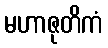
မဟာဇုတိကံ